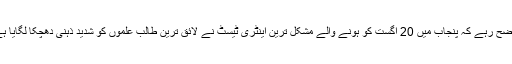
واضح رہے کہ پنجاب میں 20 اگست کو ہونے والے مشکل ترین اینٹری ٹیسٹ نے لائق ترین طالب علموں کو شدید ذہنی دھچکا لگایا ہے۔